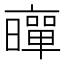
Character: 𠆛